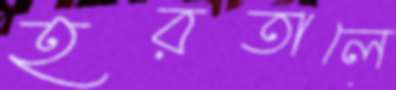
হরতালে